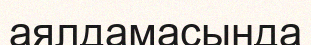
аялдамасында